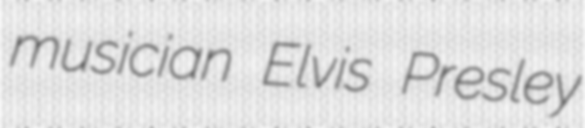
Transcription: musician Elvis Presley